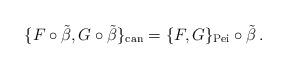
LaTeX: \begin{align*}\{F\circ\tilde{\beta},G\circ\tilde{\beta}\}_{\textrm{can}}=\{F,G\}_{\textrm{Pei}}\circ\tilde{\beta}\,.\end{align*}